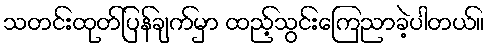
သတင်းထုတ်ပြန်ချက်မှာ ထည့်သွင်းကြေညာခဲ့ပါတယ်။